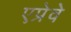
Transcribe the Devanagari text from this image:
एप्रेवे